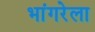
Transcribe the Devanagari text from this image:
भांगरेला